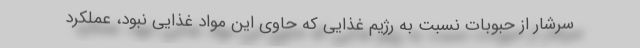
سرشار از حبوبات نسبت به رژیم غذایی که حاوی این مواد غذایی نبود، عملکرد